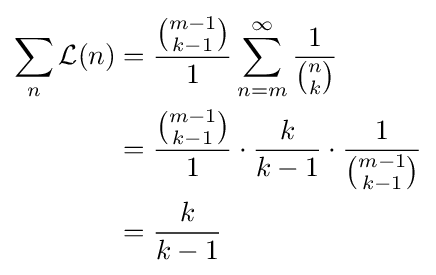
{\begin{aligned}\sum _{n}{\mathcal {L}}(n)&={\frac {\binom {m-1}{k-1}}{1}}\sum _{n=m}^{\infty }{1 \over {\binom {n}{k}}}\\&={\frac {\binom {m-1}{k-1}}{1}}\cdot {\frac {k}{k-1}}\cdot {\frac {1}{\binom {m-1}{k-1}}}\\&={\frac {k}{k-1}}\end{aligned}}